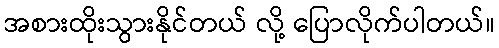
အစားထိုးသွားနိုင်တယ် လို့ ပြောလိုက်ပါတယ်။